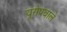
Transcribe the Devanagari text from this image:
यूरोपवाले